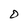
Character: O